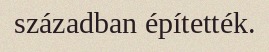
században építették.